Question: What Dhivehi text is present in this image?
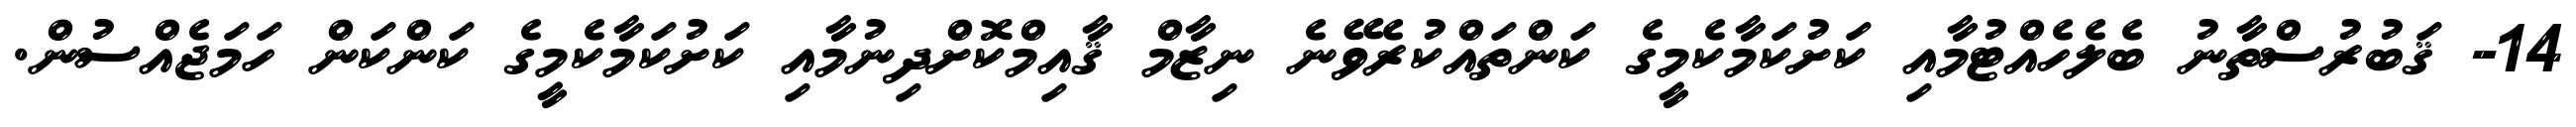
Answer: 14- ޤަބުރުސްތާނު ބެލެހެއްޓުމާއި ކަށުކަމާކެމީގެ ކަންތައްކުރެވޭނެ ނިޒާމް ޤާއިމްކޮށްދިނުމާއި ކަށުކަމާކެމީގެ ކަންކަން ހަމަޖެއްސުން.